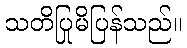
သတိပြုမိပြန်သည်။